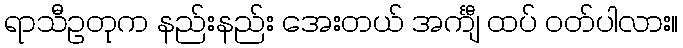
ရာသီဥတုက နည်းနည်း အေးတယ် အင်္ကျီ ထပ် ဝတ်ပါလား။